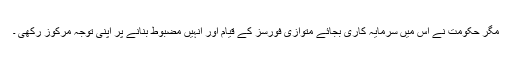
مگر حکومت نے اس میں سرمایہ کاری بجائے متوازی فورسز کے قیام اور انہیں مضبوط بنانے پر اپنی توجہ مرکوز رکھی ۔